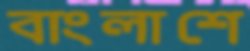
বাংলাশে